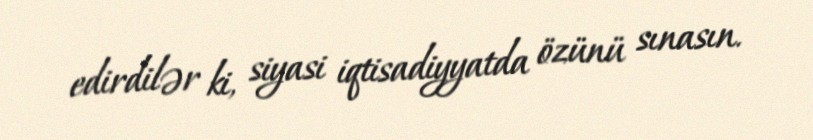
edirdilər ki, siyasi iqtisadiyyatda özünü sınasın.